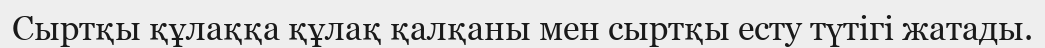
Сыртқы құлаққа құлақ қалқаны мен сыртқы есту түтігі жатады.